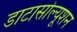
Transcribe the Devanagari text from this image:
डाटासोल्यूशन